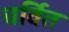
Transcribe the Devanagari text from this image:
चर्वित